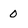
Character: 0